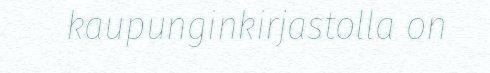
kaupunginkirjastolla on